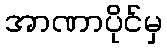
အာဏာပိုင်မှ